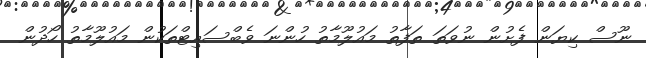
ނޫސް ކިޔަން ފެށުން ނުވަތަ ތަފާތު މައުލޫމާތު ހުންނަ ވެބްސައިޓްތަކުން މައުލޫމާތު ހޯދުން